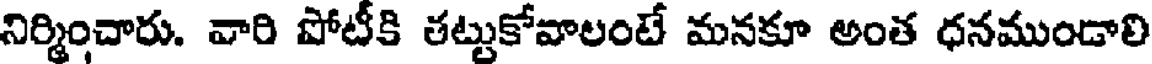
నిర్మించారు. వారి పోటీకి తట్టుకోవాలంటే మనకూ అంత ధనముండాలి